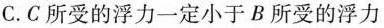
C.C所受的浮力一定小于B所受的浮力